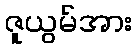
ဇူယွမ်အား